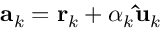
\mathbf { a } _ { k } = \mathbf { r } _ { k } + \alpha _ { k } \mathbf { \hat { u } } _ { k }